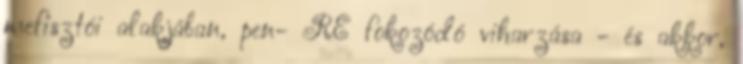
mefisztói alakjában, pen- RE fokozódó viharzása - és akkor,